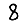
Digit: 8